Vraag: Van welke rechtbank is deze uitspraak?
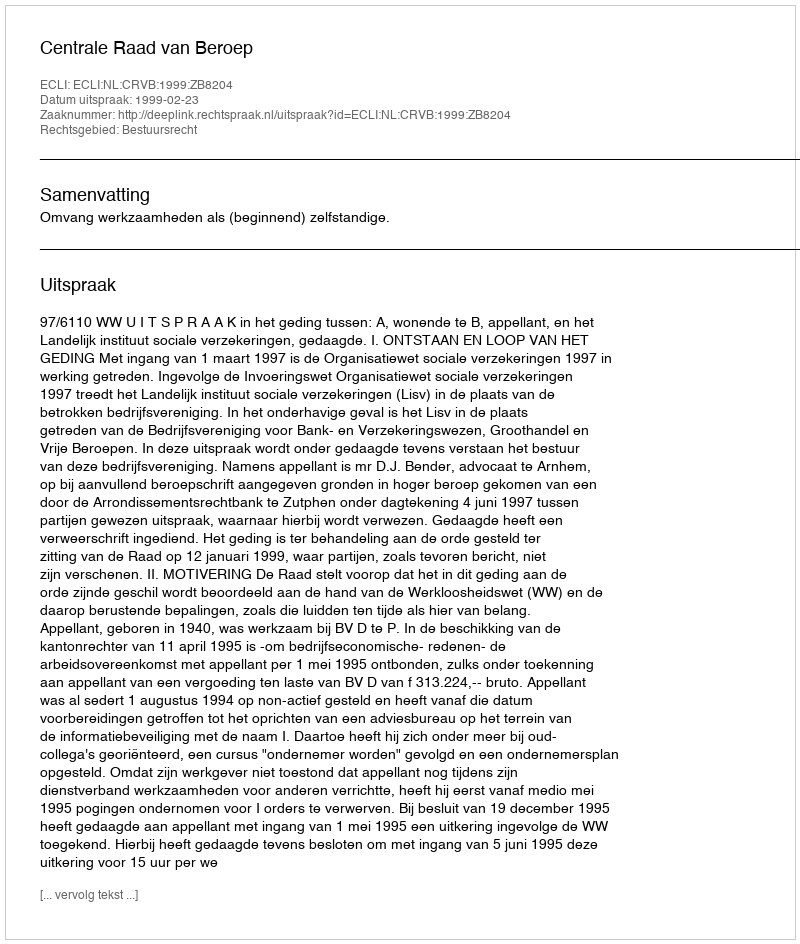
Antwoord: Centrale Raad van Beroep